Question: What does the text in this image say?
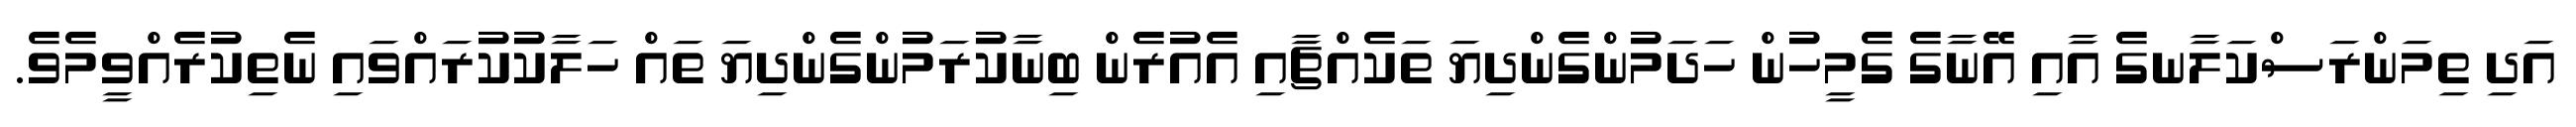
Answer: އަދި ތިމަންރަސްކަލާނގެ އާއި އޭނާގެ ގެމީހުން ހަދަމުންގެންދިޔަ ތަކެއްޗާއި އެއުރެން ބިނާކުރަމުންގެންދިޔަ ތައް ހަލާކުކުރައްވައި ނެތިކުރެއްވީމެވެ.